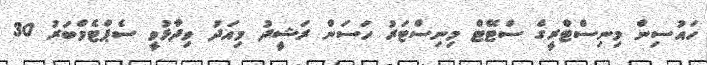
ހައުސިން މިނިސްޓްރީގެ ސްޓޭޓް މިނިސްޓަރު ހަސަން ރަޝީދު މިއަދު ވިދާޅުވީ ސެޕްޓެމްބަރު 30